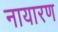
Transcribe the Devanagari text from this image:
नायारण